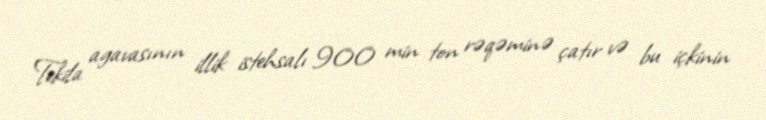
Tekila agavasının illik istehsalı 900 min ton rəqəminə çatır və bu içkinin